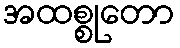
အထစ္စုတော